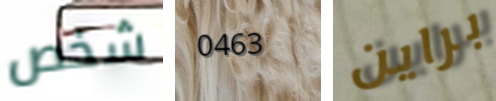
شخص 0463 براين